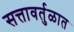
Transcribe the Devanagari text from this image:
सत्तावर्तुळात